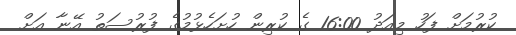
ކުރުމަށް ފަހު މިއަދު 16:00 ގެ ކުރިން ހުށަހެޅުމުގެ ފުރުސަތު އޭނާ އަށް